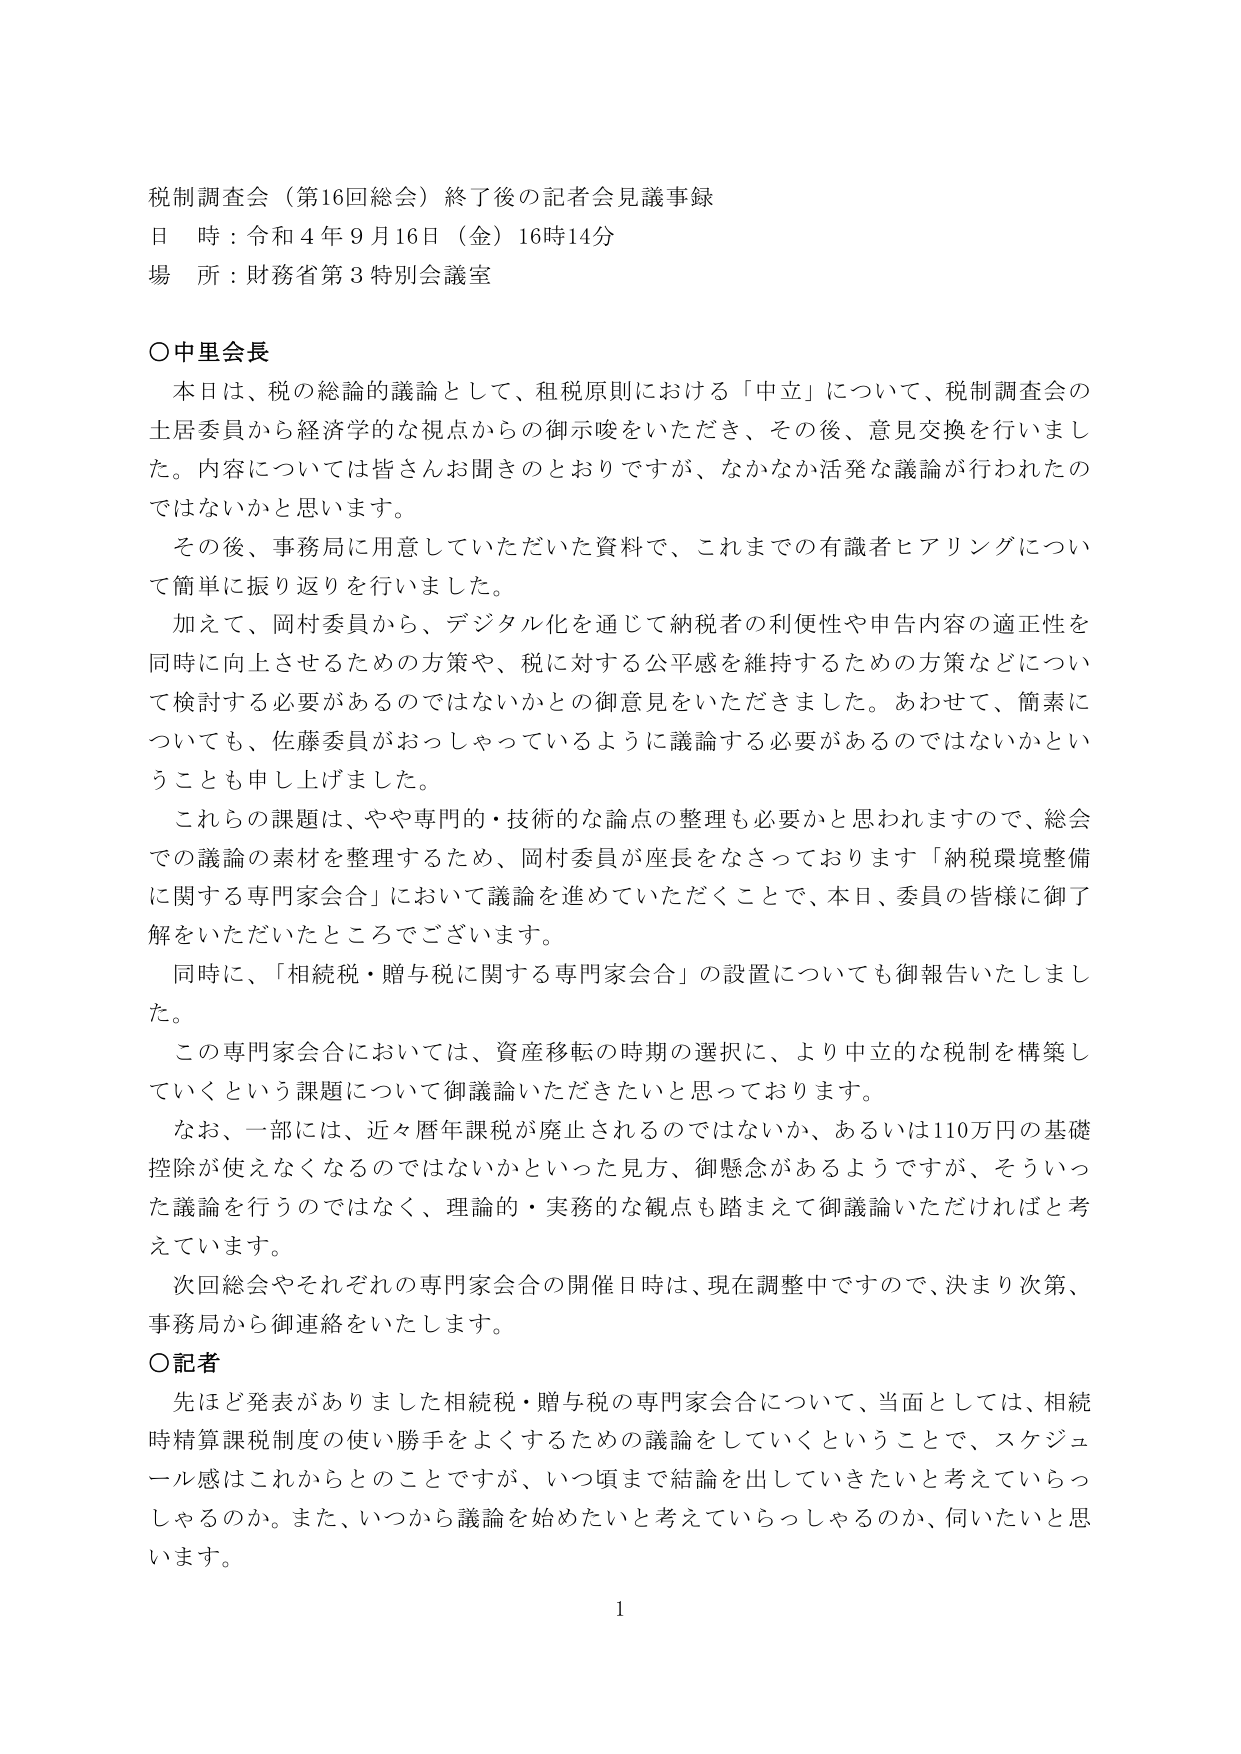
税制調査会（第16回総会）終了後の記者会見議事録
日 時：令和4年9月16日（金）16時14分
場 所：財務省第3特別会議室

〇中里会長
　本日は、税の総論的議論として、租税原則における「中立」について、税制調査会の土居委員から経済学的な視点からの御示唆をいただき、その後、意見交換を行いました。内容については皆さんお聞きのとおりですが、なかなか活発な議論が行われたのではないかと思います。
　その後、事務局に用意していただいた資料で、これまでの有識者ヒアリングについて簡単に振り返りを行いました。
　加えて、岡村委員から、デジタル化を通じて納税者の利便性や申告内容の適正性を同時に向上させるための方策や、税に対する公平感を維持するための方策などについて検討する必要があるのではないかとの御意見をいただきました。あわせて、簡素についても、佐藤委員がおっしゃっているように議論する必要があるのではないかということを申し上げました。
　これらの課題は、やや専門的・技術的な論点の整理も必要かと思われますので、総会での議論の素材を整理するため、岡村委員が座長をなさっております「納税環境整備に関する専門家会合」において議論を進めていただくことで、本日、委員の皆様に御了解をいただいたところでございます。
　同時に、「相続税・贈与税に関する専門家会合」の設置についても御報告いたしました。
　この専門家会合においては、資産移転の時期の選択に、より中立的な税制を構築していくという課題について御議論いただきたいと思っております。
　なお、一部には、近々暦年課税が廃止されるのではないか、あるいは110万円の基礎控除が使えなくなるのではないかといった見方、御懸念があるようですが、そういった議論を行うのではなく、理論的・実務的な観点も踏まえて御議論いただければと考えています。
　次回総会やそれぞれの専門家会合の開催日時は、現在調整中ですので、決まり次第、事務局から御連絡をいたします。

〇記者
　先ほど発表がありました相続税・贈与税の専門家会合について、当面としては、相続時精算課税制度の使い勝手をよくするための議論をしていくということで、スケジュール感はこれからとのことですが、いつ頃まで結論を出していきたいと考えていらっしゃるのか。また、いつから議論を始めたいと考えていらっしゃるのか、伺いたいと思います。

1